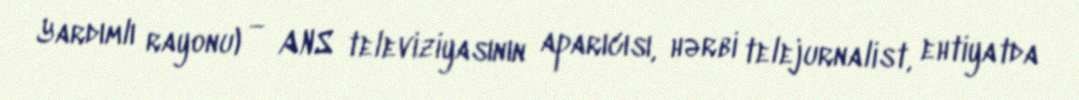
Yardımlı rayonu) — ANS televiziyasının aparıcısı, hərbi telejurnalist, ehtiyatda